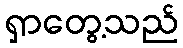
ရှာတွေ့သည်